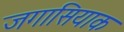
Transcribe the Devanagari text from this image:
जगासियाक